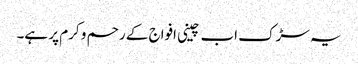
یہ سڑک اب چینی افواج کے رحم و کرم پر ہے۔